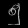
Digit: ၅